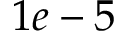
1 e - 5